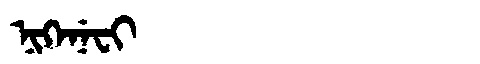
Manchu: ᠨᡳᡴᡝᠨᡝᠸᡳ
Romanization: NIKENEFI